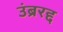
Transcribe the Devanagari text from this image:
उंब्ररद्द